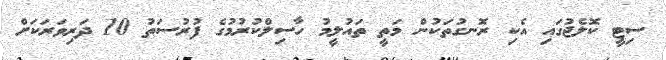
ސިޓީ ކޮލެޖުގައި އެކި ރޮނގުތަކުން މަތީ ތައުލީމު ހާސިލްކުރުމުގެ ފުރުސަތު 10 ދަރިވަރަކަށް